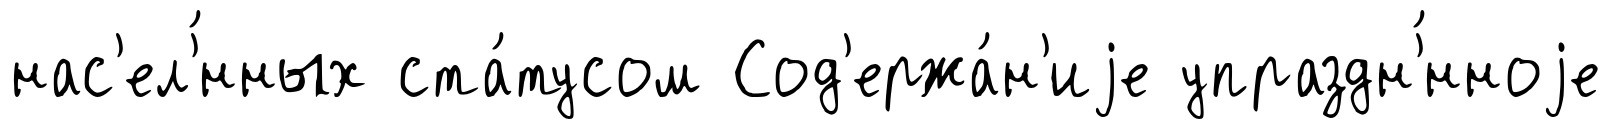
нас'ел'́нных ста́тусом Сод'ержа́н'иjе упраздн'́нноjе